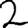
Digit: 2